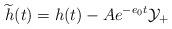
LaTeX: \begin{align*}\widetilde{h}(t)=h(t)- A e^{-e_0 t} \mathcal{Y}_+\end{align*}